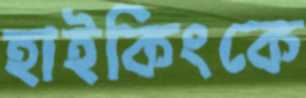
হাইকিংকে